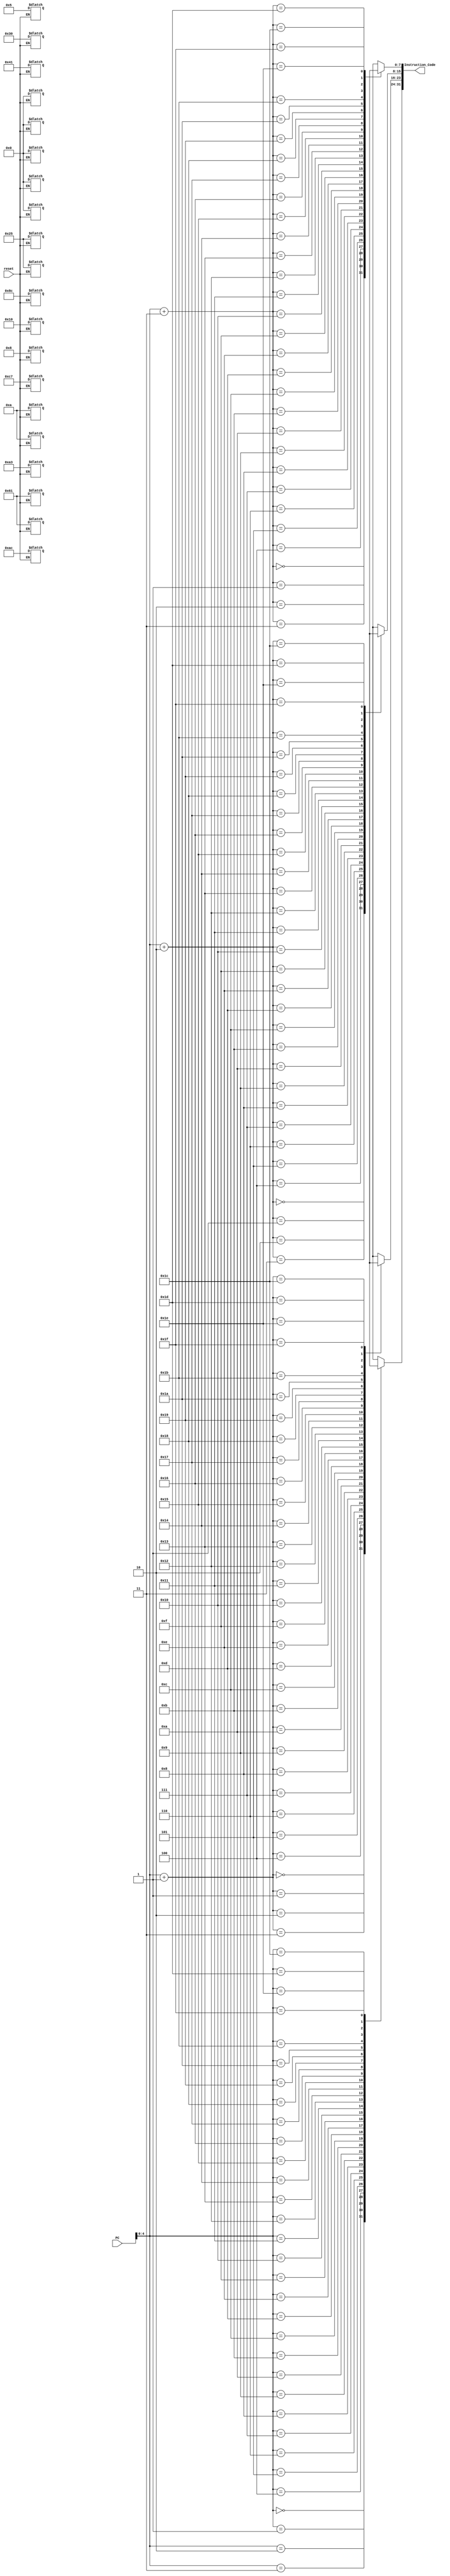
`timescale 1ns / 1ps
//////////////////////////////////////////////////////////////////////////////////
// Company: 
// Engineer: 
// 
// Design Name: 
// Module Name: instruction_memory
// Project Name: 
// Target Devices: 
// Tool Versions: 
// Description: 
// 
// Dependencies: 
// 
// Revision:
// Revision 0.01 - File Created
// Additional Comments:
// 
//////////////////////////////////////////////////////////////////////////////////


module instruction_memory(
    input reset,
    input [31:0] PC,
    output [31:0] Instruction_Code
);
    reg [7:0] Mem [31:0];

    assign Instruction_Code = {Mem[PC],Mem[PC+1],Mem[PC+2],Mem[PC+3]};

    always @(reset)
    begin
        if (reset == 0)
        begin
         Mem[0]=8'h8C; Mem[1]=8'h41; Mem[2]=8'h00; Mem[3]=8'h0A;  // lw r1,r2,10
            Mem[4]=8'hAC; Mem[5]=8'h61; Mem[6]=8'h00; Mem[7]=8'h05;   // sw r1,r3,5
            Mem[8]=8'h00; Mem[9]=8'hA3; Mem[10]=8'h10; Mem[11]=8'h25; //or r2,r5,r3
            Mem[12]=8'h00; Mem[13]=8'hC7;Mem[14]=8'h08; Mem[15]=8'h25;  // or r1,r6,r7
            Mem[16]=8'h30; Mem[17]=8'h61; Mem[18]=8'h00; Mem[19]=8'h0A;   // andi r1,r3,10

        end
    end
endmodule